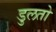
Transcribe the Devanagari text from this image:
डुलतो